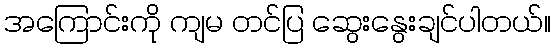
အကြောင်းကို ကျမ တင်ပြ ဆွေးနွေးချင်ပါတယ်။